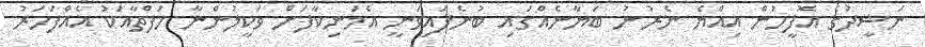
ނަޝީދުގެ އޮފީހުން އިއްޔެ ނެރުނު ބަޔާނެއްގައި ބުނެފައިވަނީ އެމަނިކާފަށް ވަކީލުންނާ ހަފްތާއަކު އެއްފަހަރު